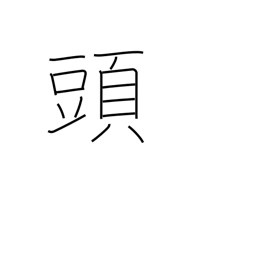
Meaning: counter for large animals